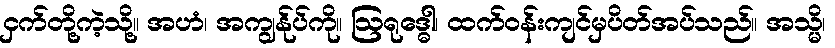
ငှက်တို့ကဲ့သို့။ အဟံ၊ အကျွန်ုပ်ကို။ ဩရုဒ္ဓေါ၊ ထက်ဝန်းကျင်မှပိတ်အပ်သည်။ အသ္မိ၊